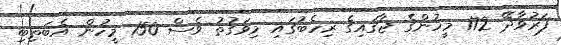
ފަރުވާދޭ 172 މީހުންގެ ޖާގައިގެ ރިހެބުގައި މިވަގުތު ވެސް 150 މީހުން އެބަތިބި